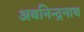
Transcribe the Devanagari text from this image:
अबनिन्द्रनाथ